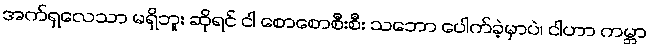
အက်ရှလေသာ မရှိဘူး ဆိုရင် ငါ စောစောစီးစီး သဘော ပေါက်ခဲ့မှာပဲ၊ ငါဟာ ကမ္ဘာ